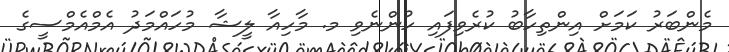
މެންބަރު ކަމަށް އިންތިހާބު ކުރެވިފައި ހުންނެވި މ. މާހިއާ ލީޝާ މުހައްމަދު އެމްއެމްސީގެ